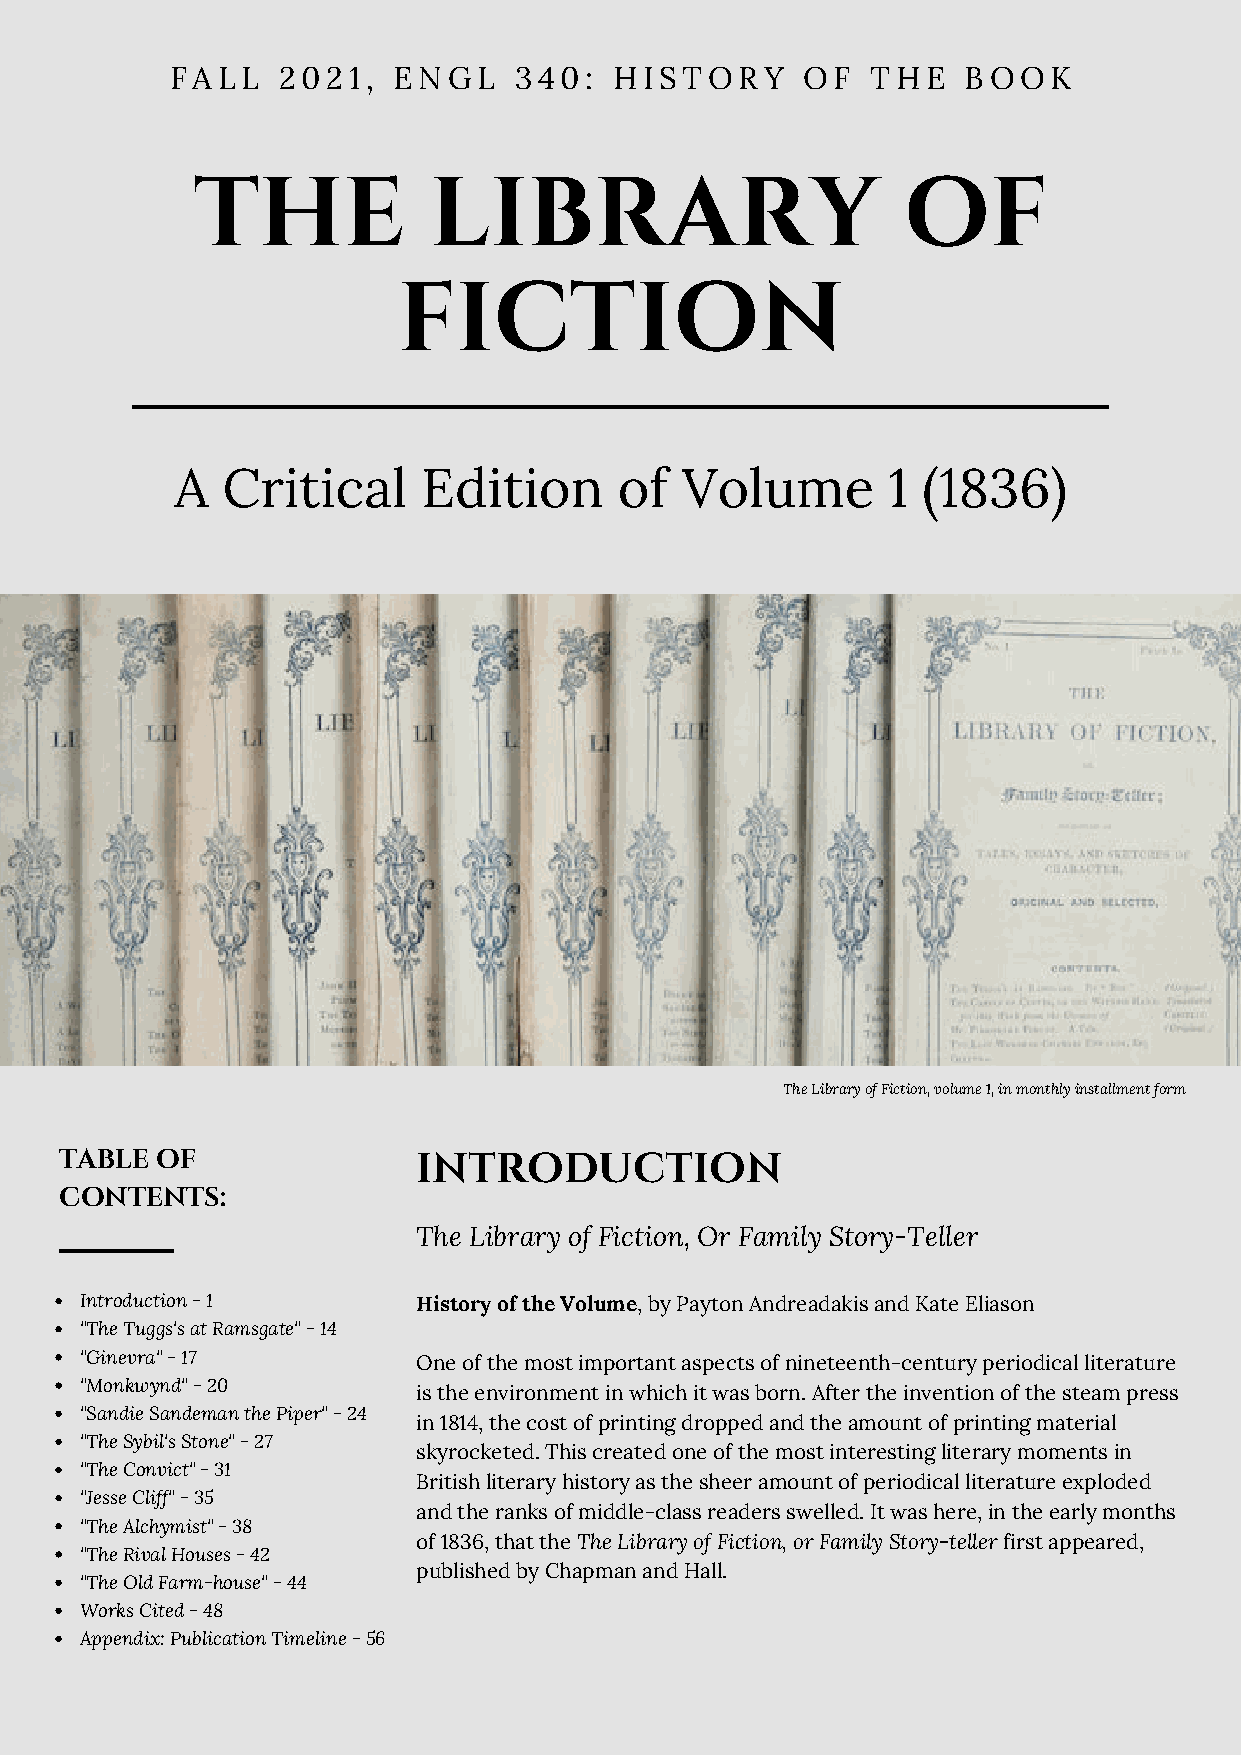
FALL   2021,   ENGL    340:   HISTORY     OF   THE   BOOK
 THE            LIBRARY                         OF
 FICTION
 A  Critical     Edition      of  Volume        1 (1836)
 The Library of Fiction, volume 1, in monthly installment form
 TABLE OF                INTRODUCTION
 CONTENTS:
 The Library of Fiction, Or Family Story-Teller
 Introduction - 1       History of the Volume, by Payton Andreadakis and Kate Eliason
 "The Tuggs's at Ramsgate" - 14
 "Ginevra" - 17         One of the most important aspects of nineteenth-century periodical literature
 "Monkwynd" - 20
 is the environment in which it was born. After the invention of the steam press
 "Sandie Sandeman the Piper" - 24
 in 1814, the cost of printing dropped and the amount of printing material
 "The Sybil's Stone" - 27
 skyrocketed. This created one of the most interesting literary moments in
 "The Convict" - 31
 British literary history as the sheer amount of periodical literature exploded
 "Jesse Cliff" - 35
 and the ranks of middle-class readers swelled. It was here, in the early months
 "The Alchymist" - 38
 of 1836, that the The Library of Fiction, or Family Story-teller first appeared,
 "The Rival Houses - 42
 published by Chapman and Hall.
 "The Old Farm-house" - 44
 Works Cited - 48
 Appendix: Publication Timeline - 56